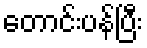
တောင်းပန်ပြီး